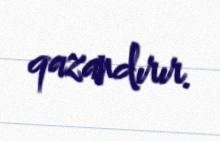
qazandırır.